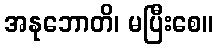
အနုဘောတိ၊ မပြီးစေ။